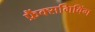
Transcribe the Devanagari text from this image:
फ्रैंक्सगिविंग